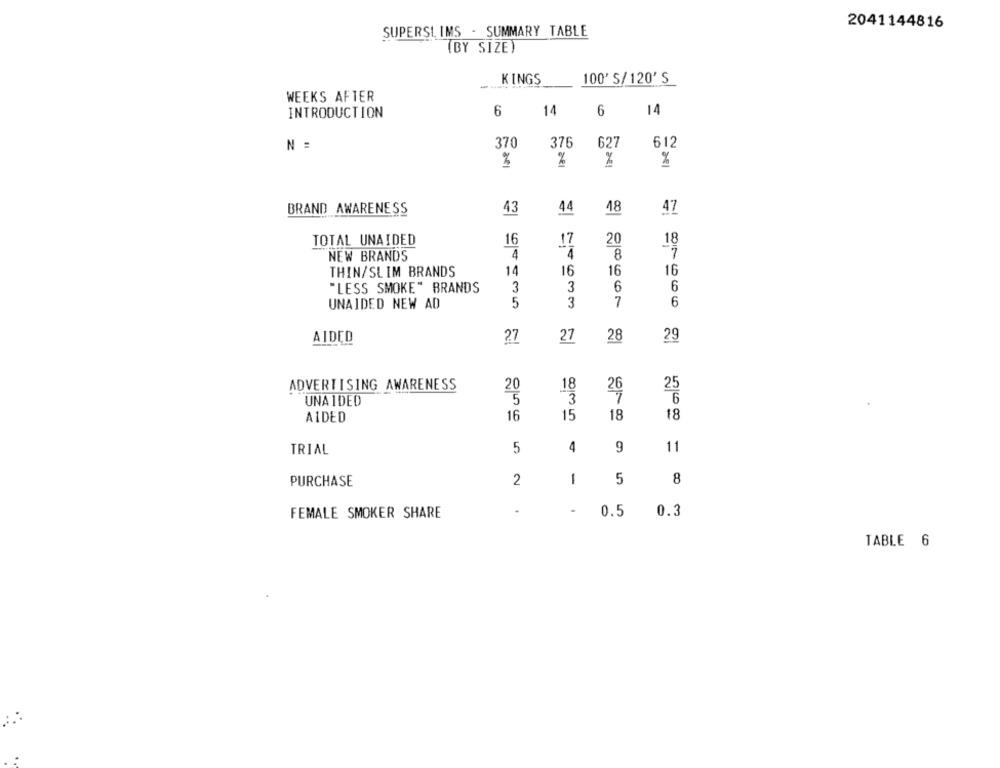
2041144816
SUPERSI, IMS - SUMMARY TABLE
(BY SIZE)
-
KINGS
100' S/120' S
WEEKS AFTER
INTRODUCTION
6
14
6
14
N =
370
376
627
612
%
%
%
BRAND AWARENESS
43
44
48
47
TOTAL UNAIDED
16
17
20
18
4
NEW BRANDS
4
8
THIN/SLIM BRANDS
14
16
16
16
"LESS SMOKE" BRANDS
3
3
6
6
UNAIDED NEW AD
5
3
7
6
AIDED
27
27
28
29
ADVERTISING AWARENESS
20
18
25
3
6
UNA IDED
5
16
15
18
AIDED
18
TRIAL
5
4
9
11
PURCHASE
2
1
5
8
FEMALE SMOKER SHARE
0.5
0.3
TABLE 6